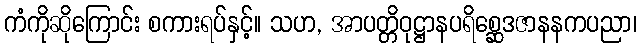
ကံကိုဆိုကြောင်း စကားရပ်နှင့်။ သဟ, အာပတ္တိဝုဋ္ဌာနပရိစ္ဆေဒဇာနနကပညာ၊